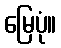
မြေပုံ။